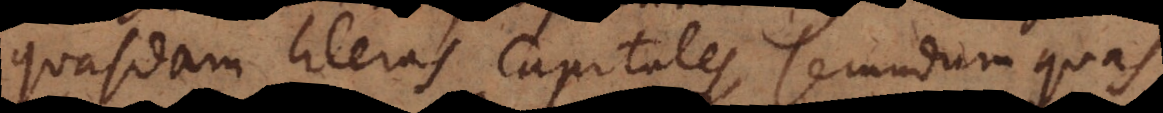
quasdam literas capitales, secundum quas